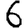
Digit: 6